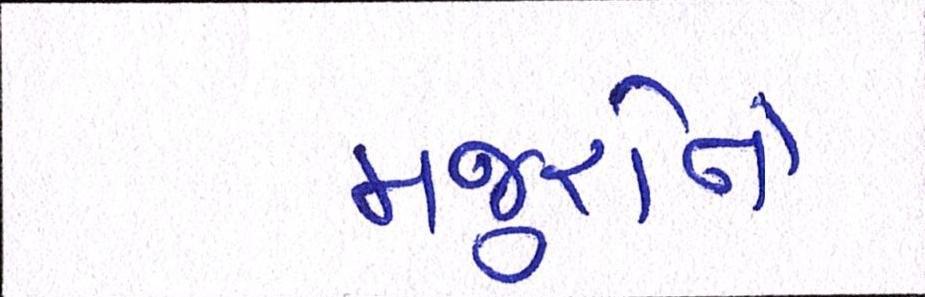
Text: મજુરોને